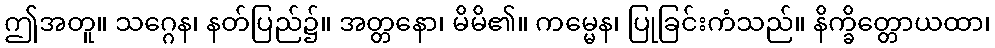
ဤအတူ။ သဂ္ဂေန၊ နတ်ပြည်၌။ အတ္တနော၊ မိမိ၏။ ကမ္မေန၊ ပြုခြင်းကံသည်။ နိက္ခိတ္တောယထာ၊